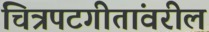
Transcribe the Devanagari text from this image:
चित्रपटगीतांवरील